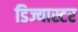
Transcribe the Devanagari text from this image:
डिज्यास्टर